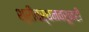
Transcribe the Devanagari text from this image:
श्रीवर्धनवरूनही